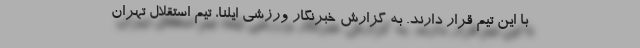
با این تیم قرار دارند. به گزارش خبرنگار ورزشی ایلنا، تیم استقلال تهران